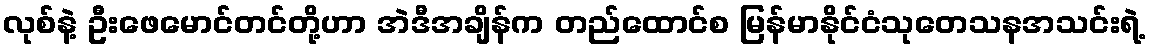
လုစ်နဲ့ ဦးဖေမောင်တင်တို့ဟာ အဲဒီအချိန်က တည်ထောင်စ မြန်မာနိုင်ငံသုတေသနအသင်းရဲ့